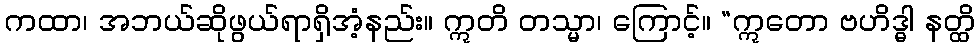
ကထာ၊ အဘယ်ဆိုဖွယ်ရာရှိအံ့နည်း။ ဣတိ တသ္မာ၊ ကြောင့်။ “ဣတော ဗဟိဒ္ဓါ နတ္ထိ